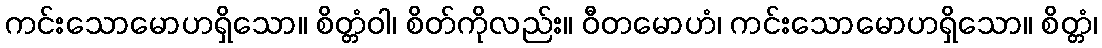
ကင်းသောမောဟရှိသော။ စိတ္တံဝါ၊ စိတ်ကိုလည်း။ ဝီတမောဟံ၊ ကင်းသောမောဟရှိသော။ စိတ္တံ၊